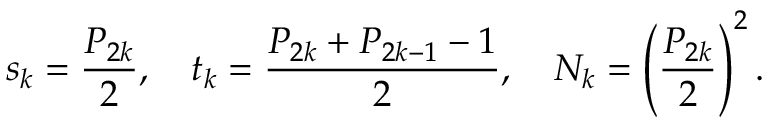
s _ { k } = { \frac { P _ { 2 k } } { 2 } } , \quad t _ { k } = { \frac { P _ { 2 k } + P _ { 2 k - 1 } - 1 } { 2 } } , \quad N _ { k } = \left( { \frac { P _ { 2 k } } { 2 } } \right) ^ { 2 } .